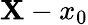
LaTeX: \mathbf{X}-x_{0}